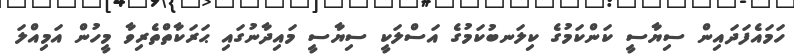
ހަމައެފަދައިން ސިޔާސީ ކަންކަމުގެ ކިލަނބުކަމުގެ އަސްލަކީ ސިޔާސީ މައިދާނުގައި ޙަރަކާތްތެރިވާ މީހުން އަމިއްލަ